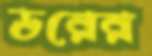
ডরের